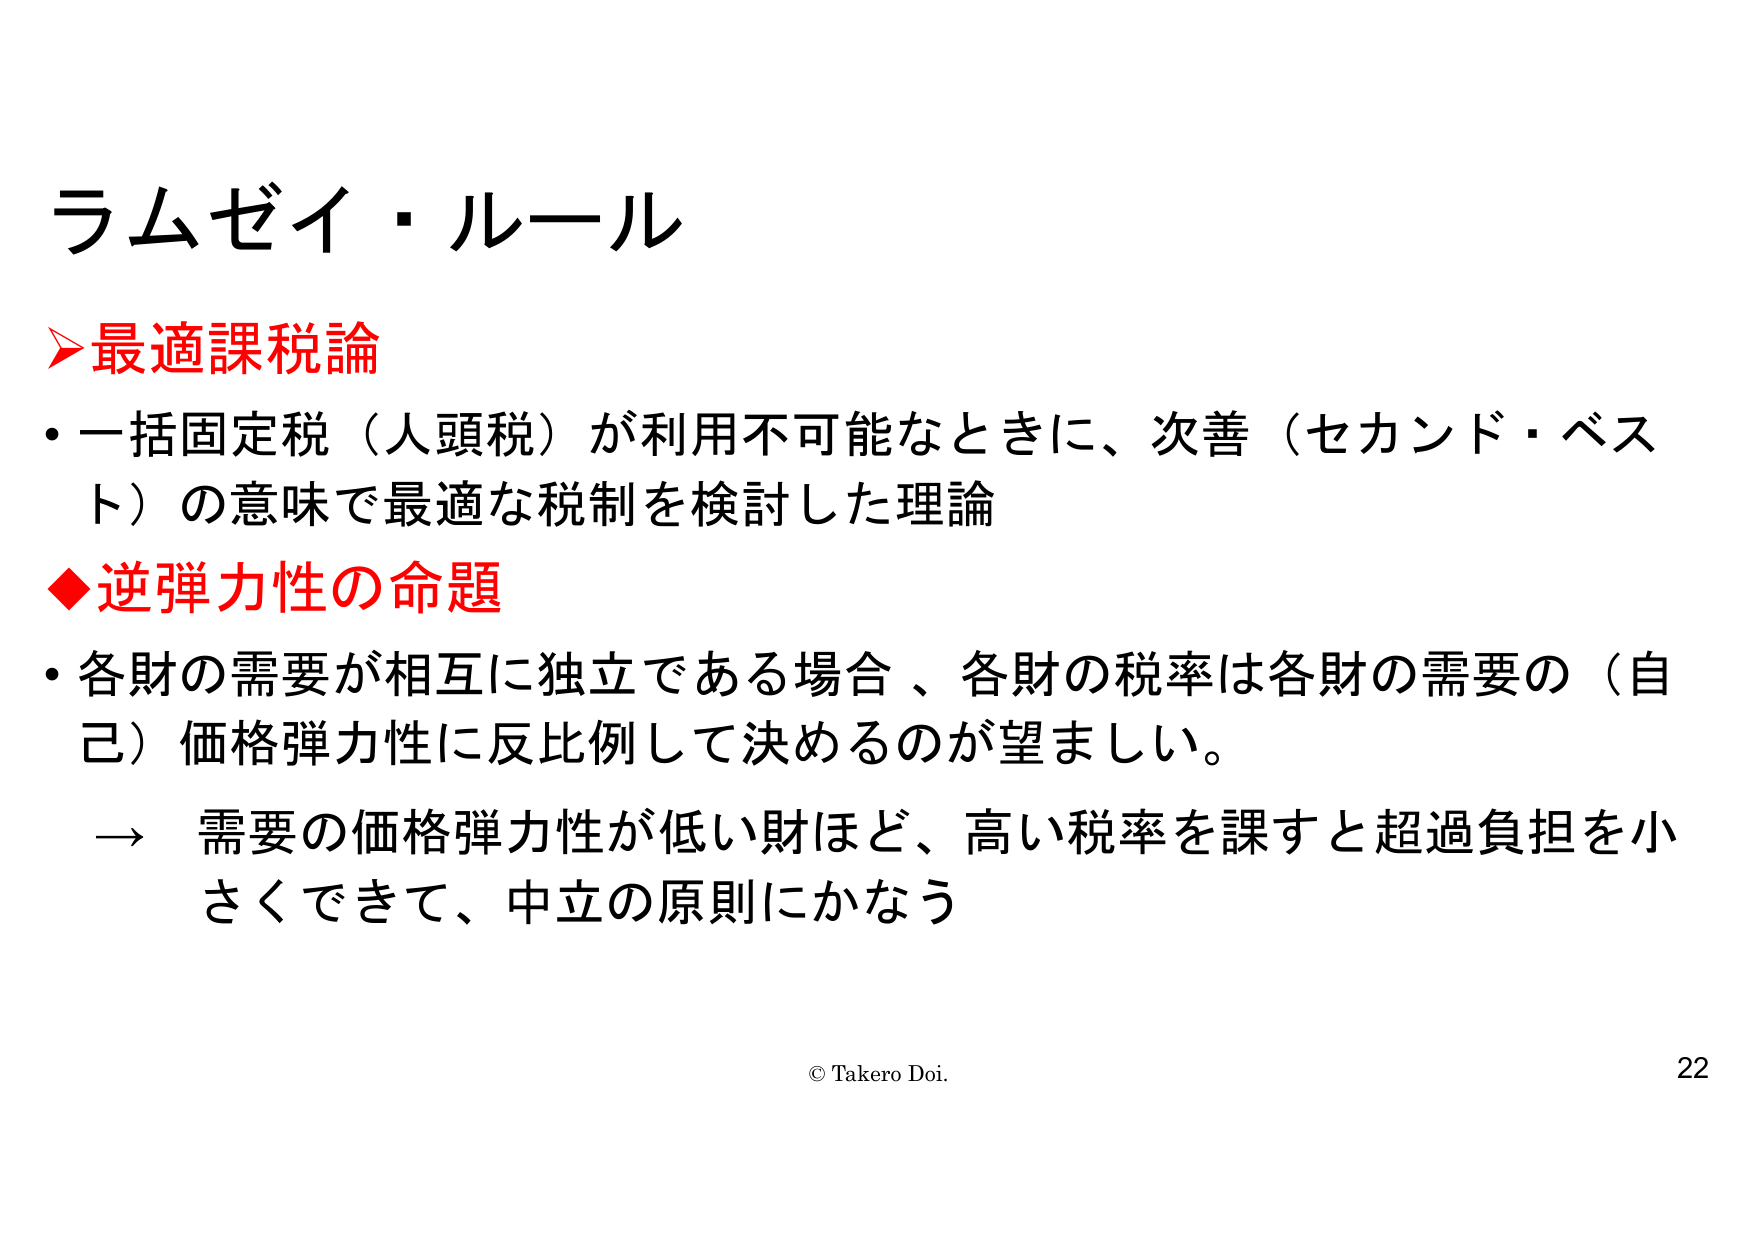
ラムゼイ・ルール

➤最適課税論
・一括固定税（人頭税）が利用不可能なときに、次善（セカンド・ベスト）の意味で最適な税制を検討した理論

◆逆弾力性の命題
・各財の需要が相互に独立である場合、各財の税率は各財の需要の（自己）価格弾力性に反比例して決めるのが望ましい。
→ 需要の価格弾力性が低い財ほど、高い税率を課すと超過負担を小さくできて、中立の原則にかなう

© Takero Doi. 22